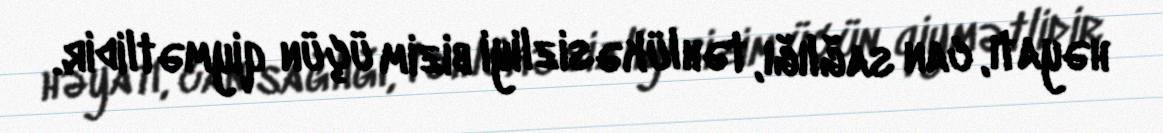
həyatı, can sağlığı, təhlükəsizliyi bizim üçün qiymətlidir.